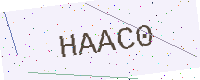
Text: HAAC0